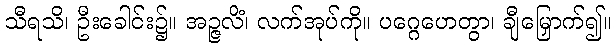
သီရသိ၊ ဦးခေါင်း၌။ အဉ္ဇလိံ၊ လက်အုပ်ကို။ ပဂ္ဂေဟေတွာ၊ ချီမြှောက်၍။